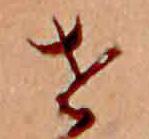
せ